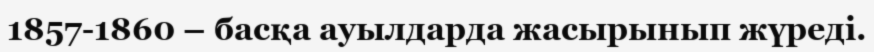
1857-1860 – басқа ауылдарда жасырынып жүреді.